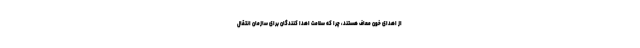
از اهدای خون معاف هستند، چرا که سلامت اهدا کنندگان برای سازمان انتقال